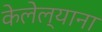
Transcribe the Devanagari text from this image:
केलेल्याना